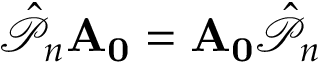
\mathcal { \hat { P } } _ { n } \mathbf { A _ { 0 } } = \mathbf { A _ { 0 } } \mathcal { \hat { P } } _ { n }